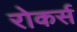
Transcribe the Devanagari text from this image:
रोकर्स